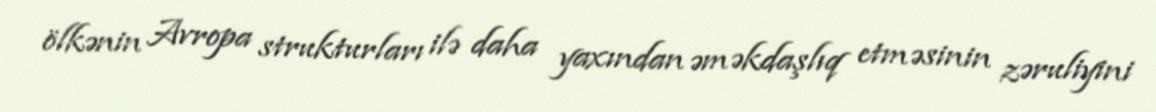
ölkənin Avropa strukturları ilə daha yaxından əməkdaşlıq etməsinin zəruliyini